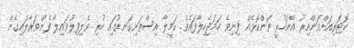
ކޮޓަރިއަށްވަންއިރު އޭނަހުރީ ތަންކޮޅެއް ފިނިވެ ހަމަޖެހިލާފައެވެ. ކަމީލާ އިސްތަށިގަނޑުގައި ހުރި ވެލިފިލުވައިލާ ފެންވަރާލައިގެން